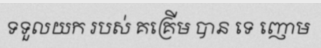
ទទួលយក របស់ គគ្រើម បាន ទេ ញោម